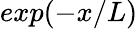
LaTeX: exp(-x/L)